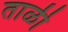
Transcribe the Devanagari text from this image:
ताळी